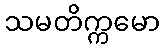
သမတိက္ကမော